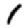
Digit: 1